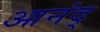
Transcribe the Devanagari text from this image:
आनंद्